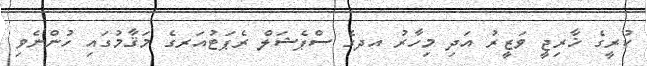
ކުރީގެ ޚާރިޖީ ވަޒީރު އަދި މިހާރު އދގެ ސްޕެޝަލް ރެޕަޓުއަރގެ މަޤާމުގައި ހުންނެވި